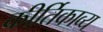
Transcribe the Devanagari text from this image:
कीर्तिकाव्य